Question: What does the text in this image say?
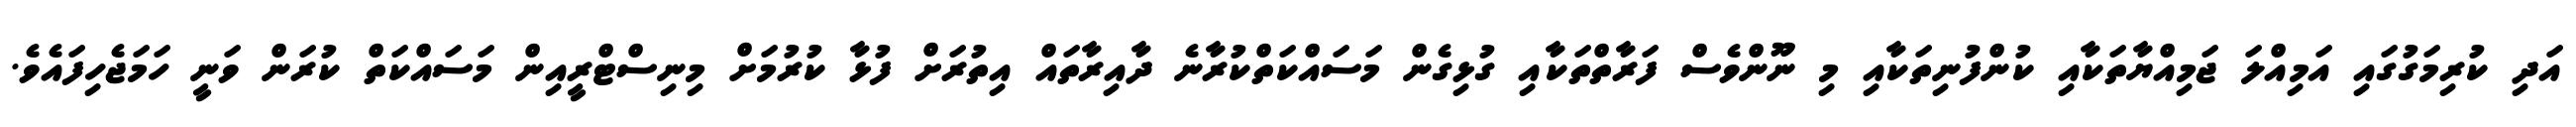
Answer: އަދި ކުރިމަގުގައި އަމިއްލަ ޖަމިއްޔާތަކާއި ކުންފުނިތަކާއި މި ނޫންވެސް ފަރާތްތަކާއި ގުޅިގެން މަސައްކަތްކުރާނެ ދާއިރާތައް އިތުރަށް ފުޅާ ކުރުމަށް މިނިސްޓްރީއިން މަސައްކަތް ކުރަން ވަނީ ހަމަޖެހިފައެވެ.